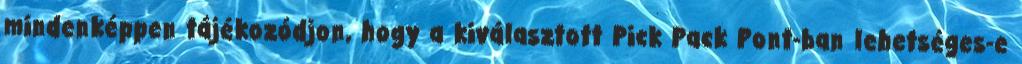
mindenképpen tájékozódjon, hogy a kiválasztott Pick Pack Pont-ban lehetséges-e